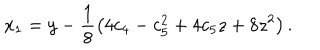
LaTeX: x _ { 1 } = y - \frac { 1 } { 8 } \left( 4 c _ { 4 } - c _ { 5 } ^ { 2 } + 4 c _ { 5 } z + 8 z ^ { 2 } \right) .